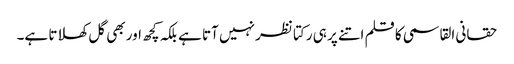
حقانی القاسمی کا قلم اتنے پر ہی رکتا نظر نہیں آتا ہے بلکہ کچھ اور بھی گل کھلاتا ہے۔